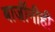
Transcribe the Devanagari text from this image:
बाजींनीही